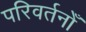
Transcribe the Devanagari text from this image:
परिवर्तनोँ